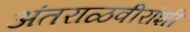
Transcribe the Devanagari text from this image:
अंतराळवीरांशी